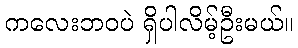
ကလေးဘဝပဲ ရှိပါလိမ့်ဦးမယ်။